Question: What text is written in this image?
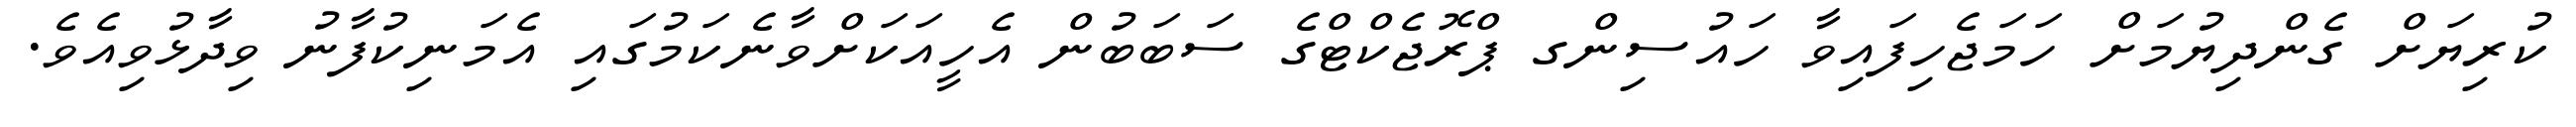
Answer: ކުރިޔަށް ގެންދިޔުމަށް ހަމަޖެހިފައިވާ ހައުސިންގ ޕްރޮޖެކްޓްގެ ސަބަބުން އެހީއަކަށްވާނެކަމުގައި އެމަނިކުފާނު ވިދާޅުވިއެވެ.